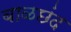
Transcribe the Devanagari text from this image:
बाळछंद